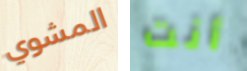
المشوي أنت